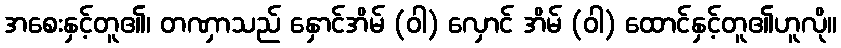
အစေးနှင့်တူ၏၊ တဏှာသည် နှောင်အိမ် (ဝါ) လှောင် အိမ် (ဝါ) ထောင်နှင့်တူ၏ဟူလို။